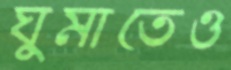
ঘুমাতেও